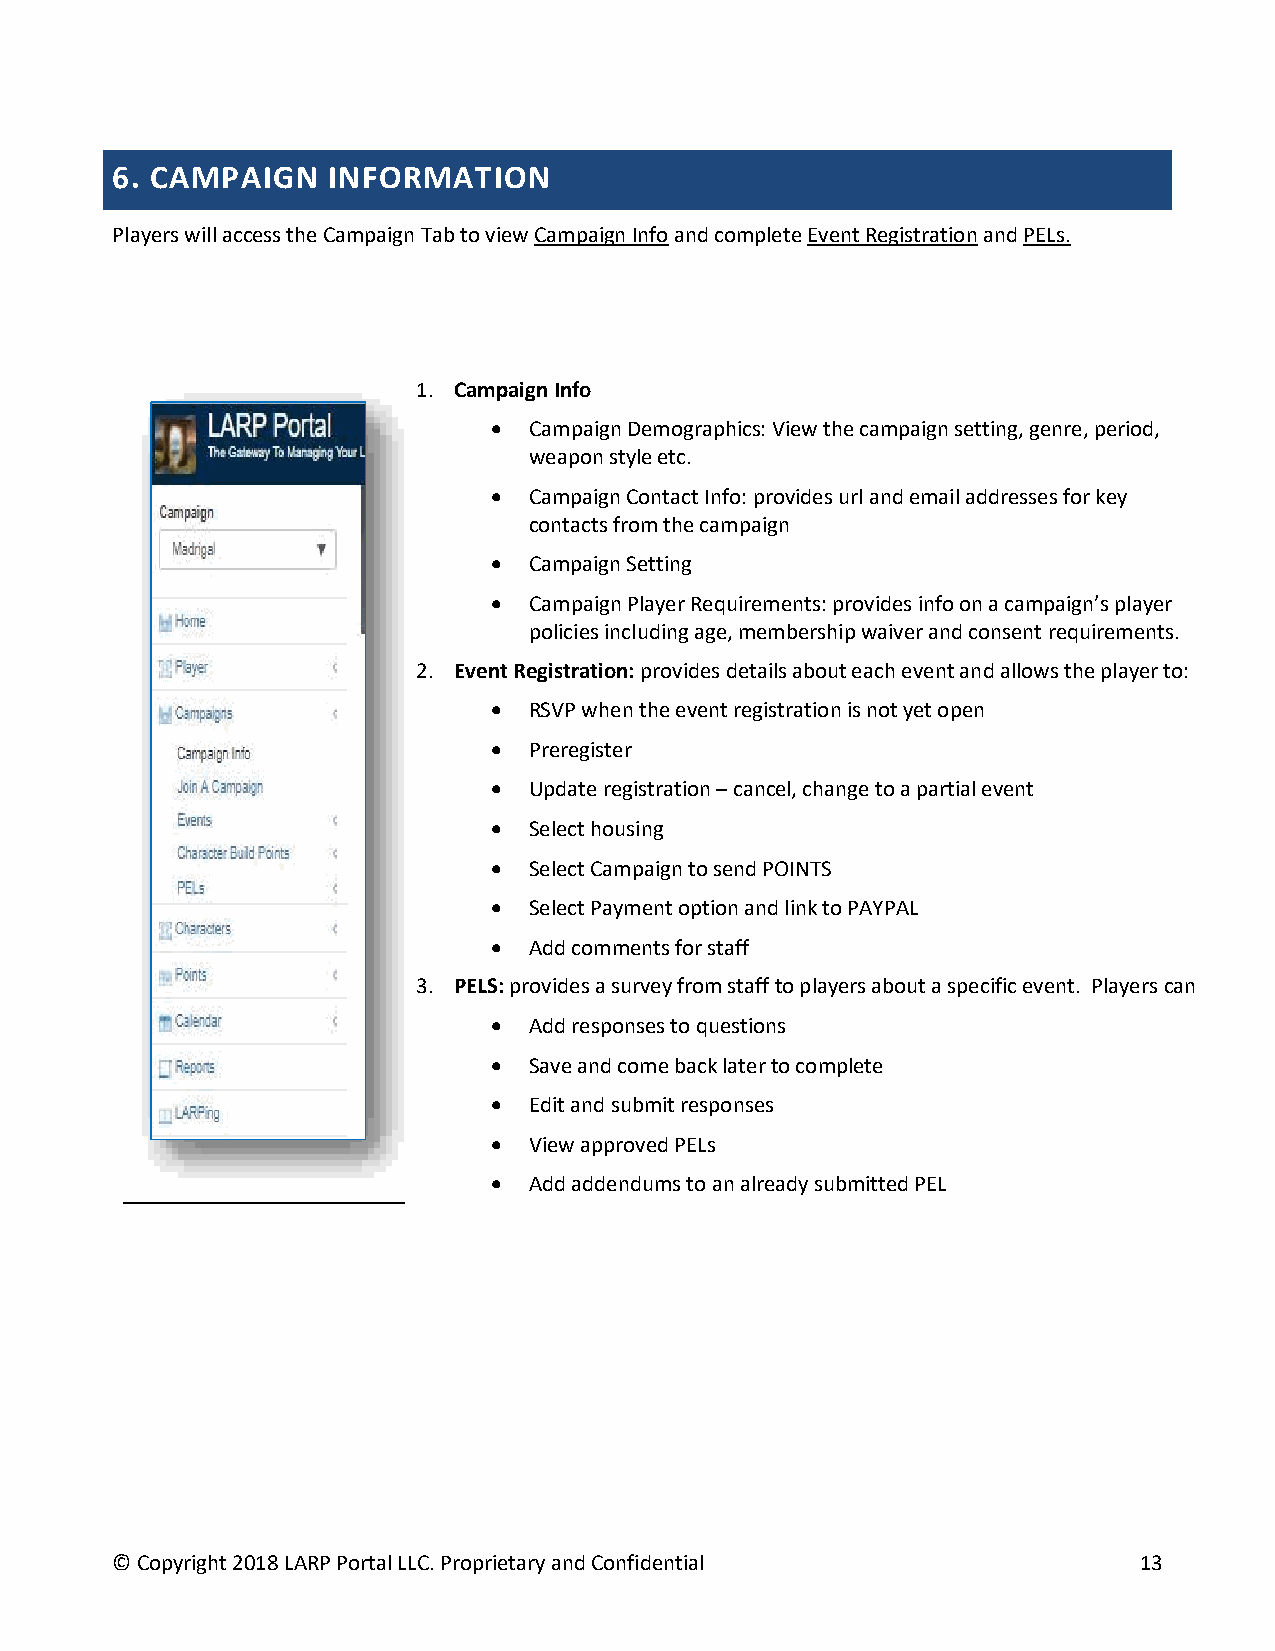
6. CAMPAIGN    INFORMATION
 Players will access the Campaign Tab to view Campaign Info and complete Event Registration and PELs.
 1. Campaign Info
 • Campaign Demographics: View the campaign setting, genre, period,
 weapon style etc.
 • Campaign Contact Info: provides url and email addresses for key
 contacts from the campaign
 • Campaign Setting
 • Campaign Player Requirements: provides info on a campaign’s player
 policies including age, membership waiver and consent requirements.
 2. Event Registration: provides details about each event and allows the player to:
 • RSVP when the event registration is not yet open
 • Preregister
 • Update registration – cancel, change to a partial event
 • Select housing
 • Select Campaign to send POINTS
 • Select Payment option and link to PAYPAL
 • Add comments for staff
 3. PELS: provides a survey from staff to players about a specific event. Players can
 • Add responses to questions
 • Save and come back later to complete
 • Edit and submit responses
 • View approved PELs
 • Add addendums to an already submitted PEL
 © Copyright 2018 LARP Portal LLC. Proprietary and Confidential      13